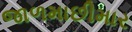
જાળમાછીમાર